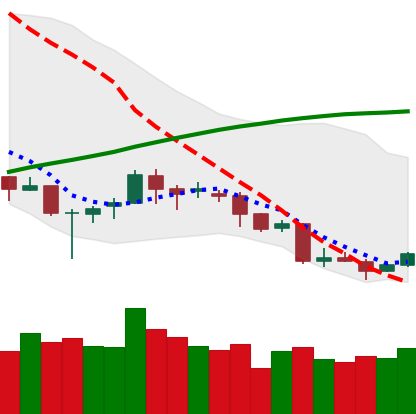
Ticker: LINK-USD
Chart end date: 2018-04-03
Forward return: 10.702%
Label: up_7plus